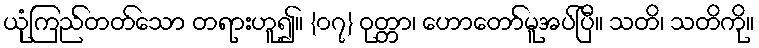
ယုံကြည်တတ်သော တရားဟူ၍။ {၀၇} ဝုတ္တာ၊ ဟောတော်မူအပ်ပြီ။ သတိ၊ သတိကို။